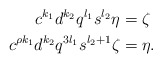
\begin{align*}c^{k_1} d^{k_2} q^{l_1} s^{l_2} \eta &= \zeta \\c^{\rho k_1} d^{k_2} q^{3 l_1} s^{l_2 + 1} \zeta&= \eta.\end{align*}